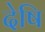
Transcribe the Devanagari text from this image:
देषि